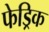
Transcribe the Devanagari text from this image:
फेड्रिक